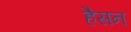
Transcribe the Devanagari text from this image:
हैसन